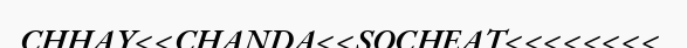
CHHAY<<CHANDA<<SOCHEAT<<<<<<<<